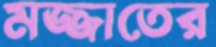
মজ্জাতের